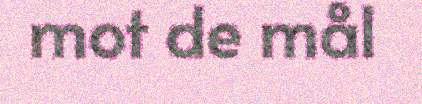
mot de mål